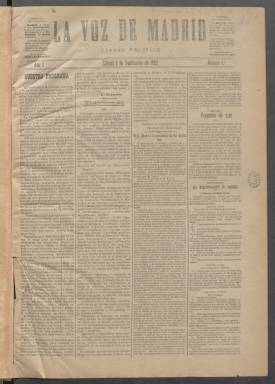
Título: La Voz de Madrid (Madrid. 1892)
Colección: Periódicos
Ámbito geográfico: Madrid
Lugar de publicación: Madrid
Fechas: 03/09/1892-12/03/1893